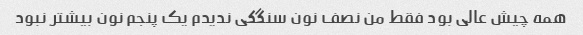
همه چیش عالی بود فقط من نصف نون سنگکی ندیدم یک پنجم نون بیشتر نبود